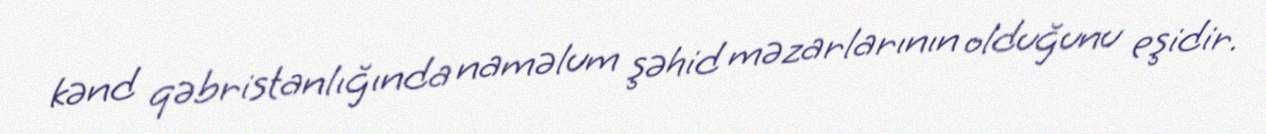
kənd qəbristanlığında naməlum şəhid məzarlarının olduğunu eşidir.